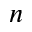
n